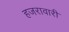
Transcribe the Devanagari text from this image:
हजरावारी